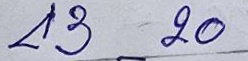
43 - 20